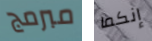
مبرمج إنكما